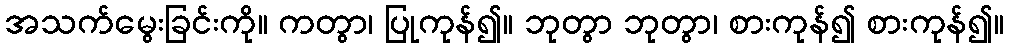
အသက်မွေးခြင်းကို။ ကတွာ၊ ပြုကုန်၍။ ဘုတွာ ဘုတွာ၊ စားကုန်၍ စားကုန်၍။